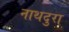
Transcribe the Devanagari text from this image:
नाथदुरा